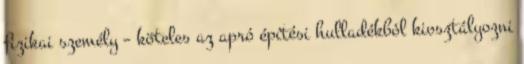
fizikai személy – köteles az apró építési hulladékból kiosztályozni